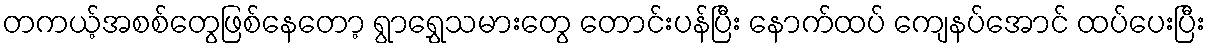
တကယ့်အစစ်တွေဖြစ်နေတော့ ရွာရွှေသမားတွေ တောင်းပန်ပြီး နောက်ထပ် ကျေနပ်အောင် ထပ်ပေးပြီး